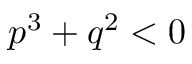
p ^ { 3 } + q ^ { 2 } < 0